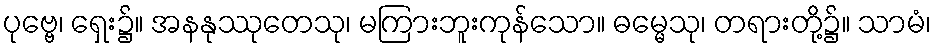
ပုဗ္ဗေ၊ ရှေး၌။ အနနုဿုတေသု၊ မကြားဘူးကုန်သော။ ဓမ္မေသု၊ တရားတို့၌။ သာမံ၊